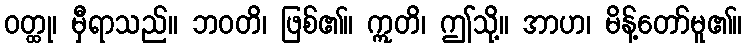
ဝတ္ထု၊ မှီရာသည်။ ဘဝတိ၊ ဖြစ်၏။ ဣတိ၊ ဤသို့။ အာဟ၊ မိန့်တော်မူ၏။